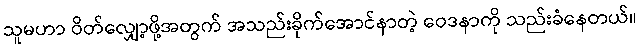
သူမဟာ ဝိတ်လျှော့ဖို့အတွက် အသည်းခိုက်အောင်နာတဲ့ ဝေဒနာကို သည်းခံနေတယ်။